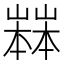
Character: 𡽒